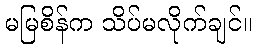
မမြစိန်က သိပ်မလိုက်ချင်။